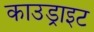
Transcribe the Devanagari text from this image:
काउड्राइट